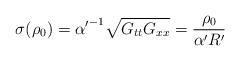
LaTeX: \begin{align*}\sigma(\rho_0) = {\alpha'}^{-1} \sqrt{G_{tt} G_{xx}} = \frac{\rho_0}{\alpha' R'}\end{align*}